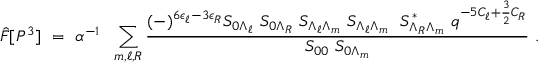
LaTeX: { \hat { F } } [ P ^ { 3 } ] ~ = ~ { \alpha } ^ { - 1 } ~ ~ \sum _ { m , \ell , R } { \frac { ( - ) ^ { 6 \epsilon _ { \ell } - 3 \epsilon _ { R } } { S _ { 0 \Lambda _ { \ell } } ~ S _ { 0 \Lambda _ { R } } ~ S _ { \Lambda _ { \ell } \Lambda _ { m } } ~ S _ { \Lambda _ { \ell } \Lambda _ { m } } ~ ~ S _ { \Lambda _ { R } \Lambda _ { m } } ^ { * } ~ q ^ { - 5 C _ { \ell } + { \frac { 3 } { 2 } } C _ { R } } } } { S _ { 0 0 } ~ S _ { 0 \Lambda _ { m } } } } ~ .